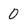
Character: 0